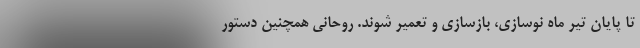
تا پایان تیر ماه نوسازی، بازسازی و تعمیر شوند. روحانی همچنین دستور